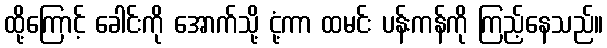
ထို့ကြောင့် ခေါင်းကို အောက်သို့ ငုံ့ကာ ထမင်း ပန်းကန်ကို ကြည့်နေသည်။